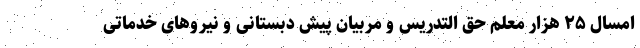
امسال ۲۵ هزار معلم حق التدریس و مربیان پیش دبستانی و نیرو‌های خدماتی